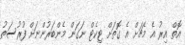
އޮތް އިރު އެ މެޗަށް އެ ގޮތަށް ޓިކެޓް ނަގަން މެންބަރުންނަށް ފުރުސަތު